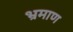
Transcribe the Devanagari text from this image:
भ्रमाण